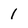
Character: 1